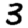
Digit: 3